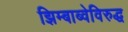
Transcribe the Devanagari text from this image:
झिम्बाब्वेविरुद्ध